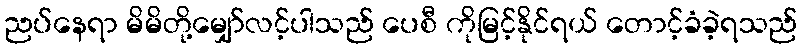
ညပ်နေရာ မိမိတို့မျှော်လင့်ပါသည် ပေစီ ကိုမြင့်နိုင်ရယ် တောင့်ခံခဲ့ရသည်